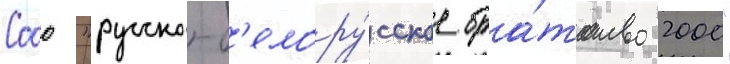
Сооо "русско-б'елору́сское бра́тство 2000"